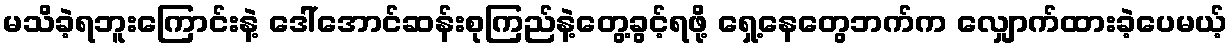
မသိခဲ့ရဘူးကြောင်းနဲ့ ဒေါ်အောင်ဆန်းစုကြည်နဲ့တွေ့ခွင့်ရဖို့ ရှေ့နေတွေဘက်က လျှောက်ထားခဲ့ပေမယ့်